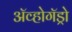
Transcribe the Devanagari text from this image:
अॅव्होगॅड्रो